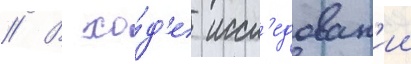
// В хо́д'е иссл'едован'ии